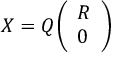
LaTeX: X = Q { \left( \begin{array} { l } { R } \\ { 0 } \end{array} \right) }